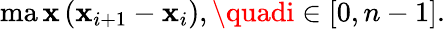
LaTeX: \operatorname*{ma\mathbf{x}}\left(\mathbf{x}_{i+1}-\mathbf{x}_{i}\right),\quadi\in[0,n-1].